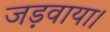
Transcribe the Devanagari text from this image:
जड़वाया।